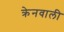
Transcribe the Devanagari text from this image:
क्रेनवाली